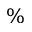
\%